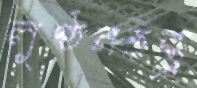
লুণ্ঠনতন্ত্র